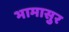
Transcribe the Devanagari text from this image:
भामासुर